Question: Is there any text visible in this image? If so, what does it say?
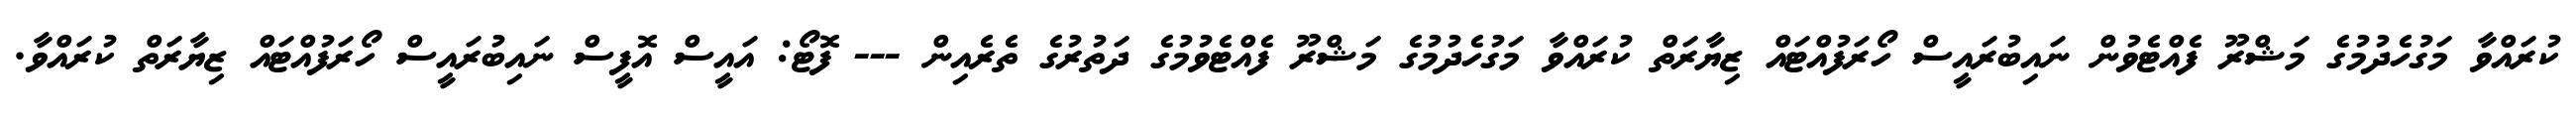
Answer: ކުރައްވާ މަގުހެދުމުގެ މަޝްރޫ ފެއްޓެވުން ނައިބުރައީސް ހޯރަފުއްޓައް ޒިޔާރަތް ކުރައްވާ މަގުހެދުމުގެ މަޝްރޫ ފެއްޓެވުމުގެ ދަތުރުގެ ތެރެއިން --- ފޮޓޯ: އައީސް އޮފީސް ނައިބުރައީސް ހޯރަފުއްޓައް ޒިޔާރަތް ކުރައްވާ.